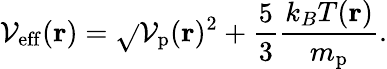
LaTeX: \mathcal{V}_{\mathrm{{eff}}}(\mathbf{{r}})=\sqrt{}{{\mathcal{V}_{\mathrm{{p}}}(\mathbf{{r}})^{2}+\frac{{5}}{{3}}\frac{{k_{B}T(\mathbf{{r}})}}{{m_{\mathrm{{p}}}}}}}.